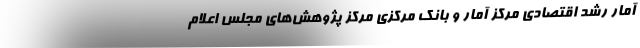
آمار رشد اقتصادی مرکز آمار و بانک مرکزی مرکز پژوهش‌های مجلس اعلام